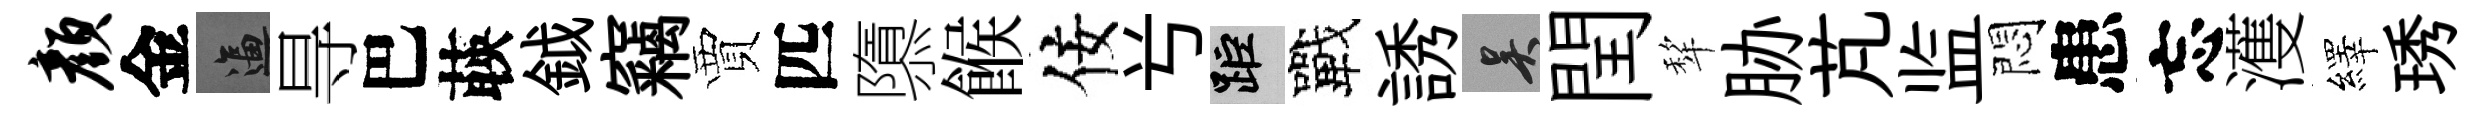
颜金逼㝵巴𦴤鉞竊賈匹隳餱佞𠔃距戰誘吴閏犂胁芃监悶患忘濩繹琇